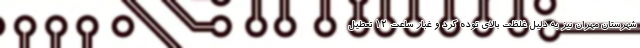
شهرستان مهران نیز به دلیل غلظت بالای توده گرد و غبار ساعت ۱۲ تعطیل